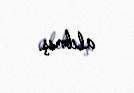
alıbmış.